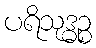
ပရိသုဒ္ဓဉ္စ